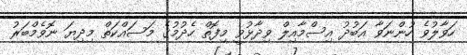
ހަވާލުވެ ހުންނަވާ އަބުދު އިސްމާއިލް ވިދާޅުވީ މިފޮތް ހެދުމުގެ މަސައްކަތް މިދިޔަ ނޮވެމްބަރު